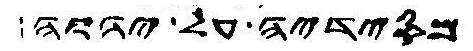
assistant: מסידיה על יהוה